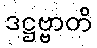
ဒဋ္ဌဗ္ဗာတိ